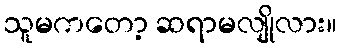
သူမကတော့ ဆရာမလျိုလား။